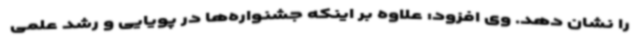
را نشان دهد. وی افزود: علاوه بر اینکه جشنواره‌ها در پویایی و رشد علمی